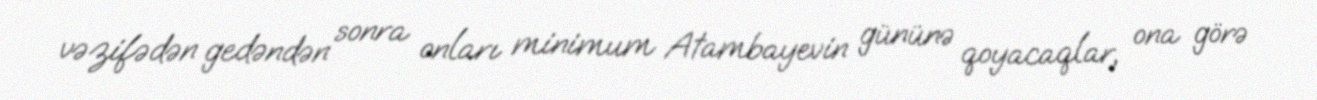
vəzifədən gedəndən sonra onları minimum Atambayevin gününə qoyacaqlar, ona görə